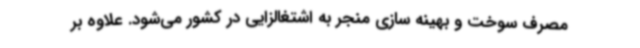
مصرف سوخت و بهینه سازی منجر به اشتغالزایی در کشور می‌شود. علاوه بر